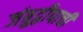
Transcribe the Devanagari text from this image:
जंबुद्वीपाची